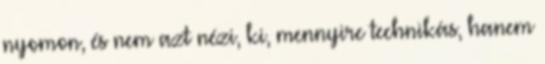
nyomon, és nem azt nézi, ki, mennyire technikás, hanem